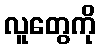
လူတွေကို